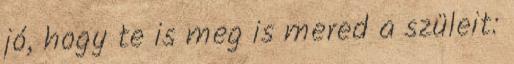
jó, hogy te is meg is mered a szüleit: